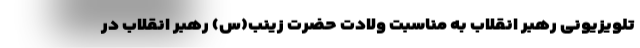
تلویزیونی رهبر انقلاب به مناسبت ولادت حضرت زینب(س) رهبر انقلاب در